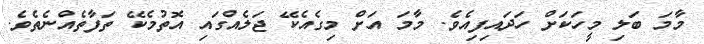
މާމަ ބަލި މީހަކަށް ހަދައިފިއެވެ. މާމަ އަށް މިގެއެކޭ ޖަލެއްގައި އޮތުމެކޭ ތަފާތެއްނެތެވެ.